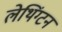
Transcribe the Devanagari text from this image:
लेथिंग्टन